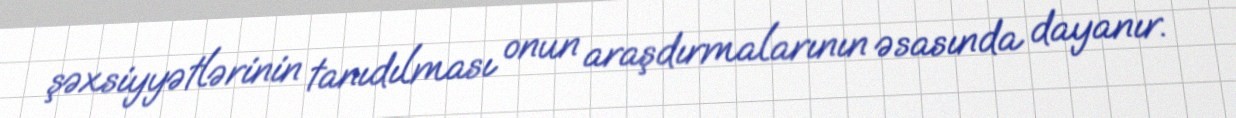
şəxsiyyətlərinin tanıdılması onun araşdırmalarının əsasında dayanır.